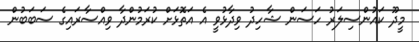
މީދޫ ކައުންސިލަރު ހަސަން ޝާހިދު ވިދާޅުވީ އެ އަތޮޅަށް ކުރަމުންދާ ވިއްސާރައިގެ ސަބަބުން